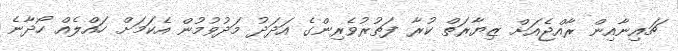
ޗައިނާއިން ރާއްޖެއަށް ޒިޔާރަތް ކުރާ ފަތުރުވެރިންގެ އަދަދު މަދުވުމުން އެކަމަށް ހައްލެއް ހޯދާނެ